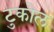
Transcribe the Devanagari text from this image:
टुकोल